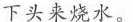
下头来烧水。